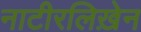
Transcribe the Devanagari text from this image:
नाटीरलिख़ेन